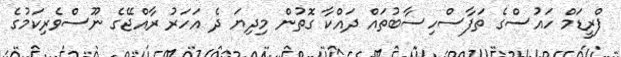
ފްރީޑަމް ހައުސްގެ ތަފާސްހިސާބުތައް ދައްކާ ގޮތުން މިދިޔަ ދެ އަހަރު ރާއްޖޭގެ ނޫސްވެރިކަމުގެ